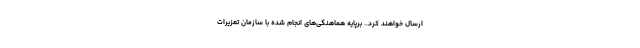
ارسال خواهند کرد.. برپایه هماهنگی‌های انجام شده با سازمان تعزیرات